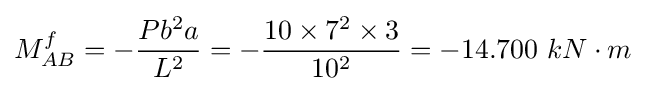
M_{AB}^{f}=-{\frac {Pb^{2}a}{L^{2}}}=-{\frac {10\times 7^{2}\times 3}{10^{2}}}=-14.700\ kN\cdot m